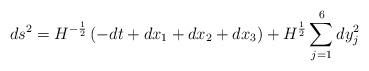
LaTeX: \begin{align*}ds^2=H^{-\frac 12}\left(-dt+dx_1+dx_2+dx_3\right) +H^{\frac 12}\sum\limits_{j=1}^6 dy_j^2\end{align*}